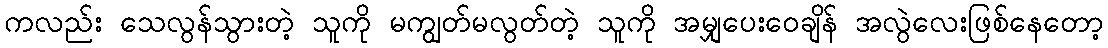
ကလည်း သေလွန်သွားတဲ့ သူကို မကျွတ်မလွတ်တဲ့ သူကို အမျှပေးဝေချိန် အလွဲလေးဖြစ်နေတော့